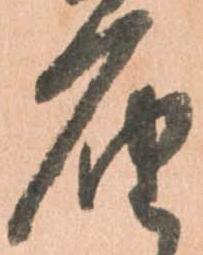
届